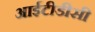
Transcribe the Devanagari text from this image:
आईटीडीसी